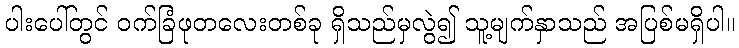
ပါးပေါ်တွင် ဝက်ခြံဖုတလေးတစ်ခု ရှိသည်မှလွဲ၍ သူ့မျက်နှာသည် အပြစ်မရှိပါ။